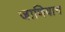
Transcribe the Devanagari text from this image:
जाणिवाच